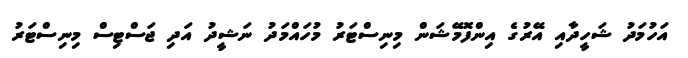
އަހުމަދު ޝަހީދާއި އޭރުގެ އިންފޮމޭޝަން މިނިސްޓަރު މުހައްމަދު ނަޝީދު އަދި ޖަސްޓިސް މިނިސްޓަރު